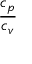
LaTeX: \frac { c _ { p } } { c _ { v } }